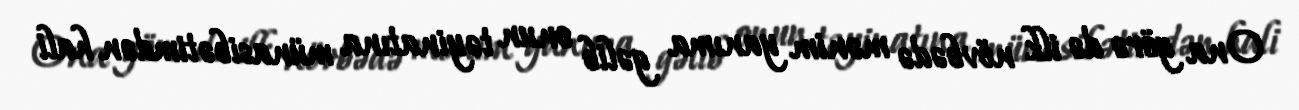
Ona görə də ilk növbədə mənim yanıma gəlib onun təyinatına münasibətimdən hali